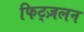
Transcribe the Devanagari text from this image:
फिट्ज़लन